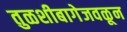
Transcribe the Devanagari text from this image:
तुळशीबागेजवळून